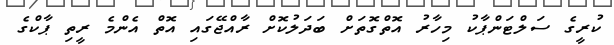
ކުރީގެ ސަލްޓަންޕާކު މިހާރު އޮތްގޮތަށް ބަދަލުކޮށް ރާއްޖޭގައި އޮތް އެންމެ ރީތި ޕާކްގެ